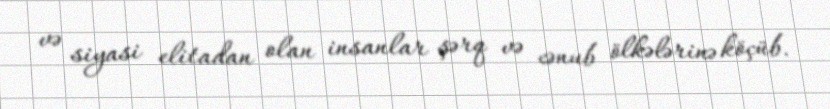
və siyasi elitadan olan insanlar şərq və cənub ölkələrinə köçüb.